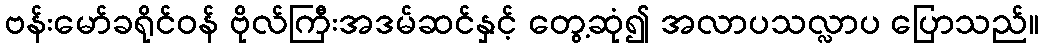
ဗန်းမော်ခရိုင်ဝန် ဗိုလ်ကြီးအဒမ်ဆင်နှင့် တွေ့ဆုံ၍ အလာပသလ္လာပ ပြောသည်။